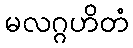
မလဂ္ဂဟိတံ